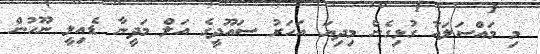
މި މައްސަލައާ ގުޅިގެން މިދިޔަ އަހަރު ސައޫދީގެ އަލް މަދީނާ ޑެއިލީ ނޫހުން